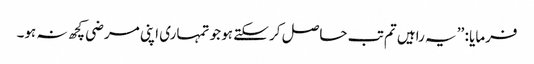
فرمایا : ’’ یہ راہیں تم تب حاصل کر سکتے ہو جو تمہاری اپنی مرضی کچھ نہ ہو۔